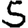
Digit: 5